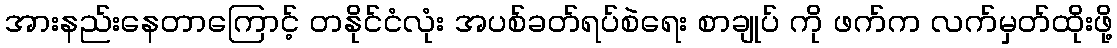
အားနည်းနေတာကြောင့် တနိုင်ငံလုံး အပစ်ခတ်ရပ်စဲရေး စာချုပ် ကို ဖက်က လက်မှတ်ထိုးဖို့